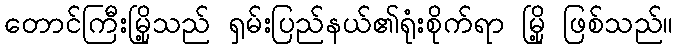
တောင်ကြီးမြို့သည် ရှမ်းပြည်နယ်၏ရုံးစိုက်ရာ မြို့ ဖြစ်သည်။